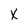
Character: x